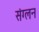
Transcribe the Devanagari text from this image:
संग्लन